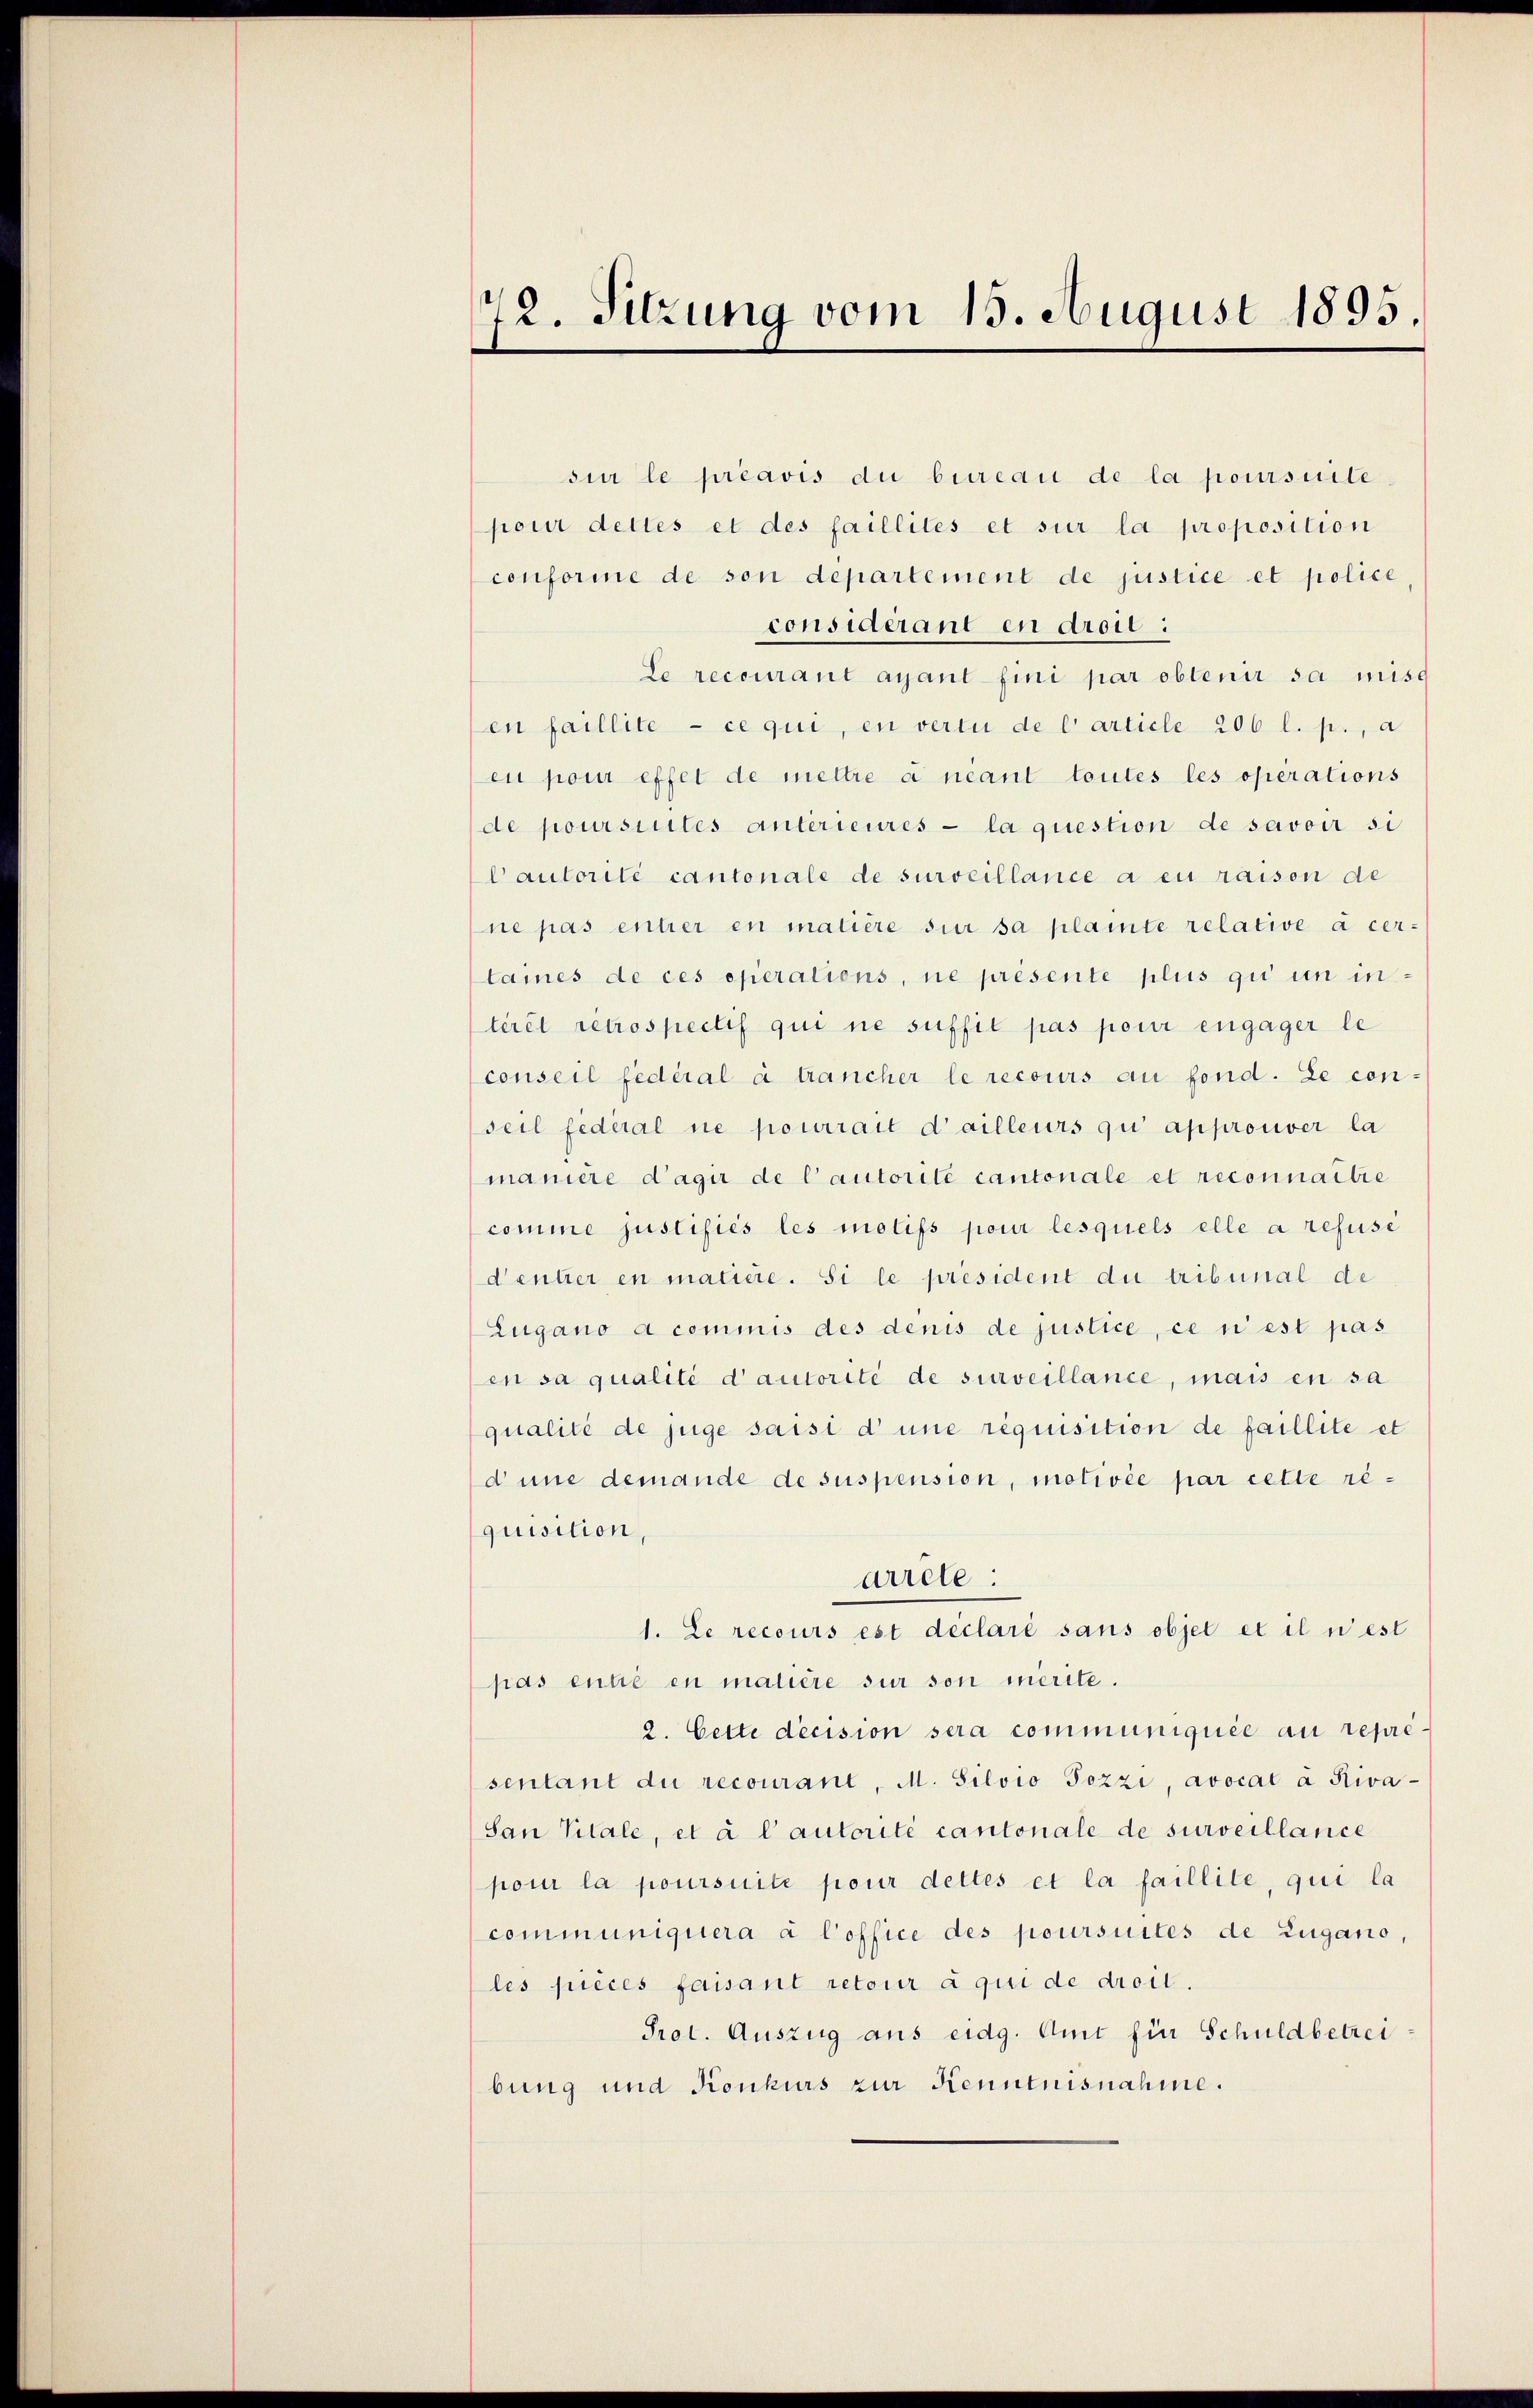
72. Sitzung vom 13. August 1895.

sur le préavis die bureau de la poursuite
pour dettes et des faillités et sur la proposition
conforme de son departement de justice et police
considerant en droit :
Le recourant ayant fini par obtenir sa misc
en faillite - ce qui, en vertu de carticle 206 l. p., a
eu pour effet de mettre a neant toutes les operations
de poursintes antérieures - la question de savoir si
Cautorité cantonale de surveillance a en raison de
ne pas entier en matière sur sa plante relative à cer-
lames de ces operations, ne présente plus qui in in-
terit retrospectif qui ne suffit pas pour engager le
conseil fédéral à trancher le recours au fond. Le con
seil fédéral ne pourrait d’ailleurs qui approuver la
maniere d’agir de Cautorité cantonale et reconnaitre
comme justifiés les motifs pour lesquels elle a refusé
denter en maciere. Si le président du tribunal de
Lugano a commis des denis de justice, ce ni est pas
en sa qualité d’autorité de surveillance, mais en sa
qualité de juge saisi d’une requisition de faillite et
dune demande de suspension, motivée par cette requisition,
arrete:
1. Le recours est déclaré sans objet et il n’est
pas ente en matière sur son merite.
2. Cette decision sera communiquée au repré
sentant du recourant, M. Silvio Pezzi, avocat à Riva¬
San Vitale, et à l’autorité cantonale de surveillance
pour la poursuite pour dettes et la faillite, qui la
communiquera à Coffice des poursuites de Zugano,
les pièces faisant retour à qui de droit.
Prot. Auszug aus eidg. Amt für Schuldbetrei
bung und Konkurs zur Kenntnisnahme.